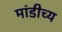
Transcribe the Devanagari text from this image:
मांडीच्य